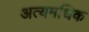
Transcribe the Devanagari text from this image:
अत्यमधिक